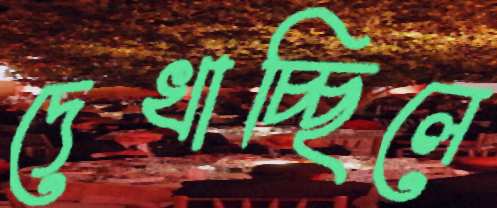
দেখাচ্ছিলে